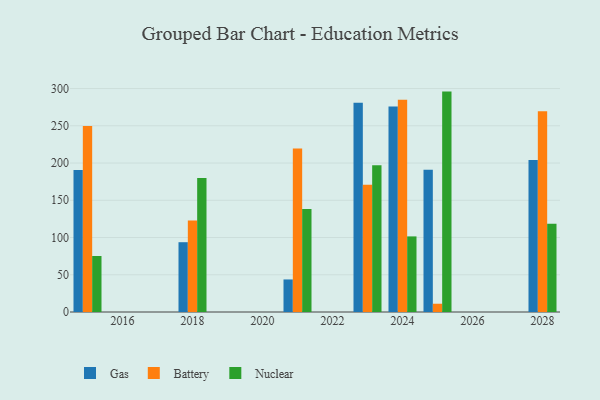
{"axis": {"x": "Year", "y": "Temperature (°C)"}, "legend": ["Battery", "Gas", "Nuclear"], "data": [{"x": "2018", "y": 93.7, "type": "Gas"}, {"x": "2018", "y": 122.7, "type": "Battery"}, {"x": "2018", "y": 180.0, "type": "Nuclear"}, {"x": "2021", "y": 43.7, "type": "Gas"}, {"x": "2021", "y": 219.4, "type": "Battery"}, {"x": "2021", "y": 138.3, "type": "Nuclear"}, {"x": "2023", "y": 280.8, "type": "Gas"}, {"x": "2023", "y": 171.0, "type": "Battery"}, {"x": "2023", "y": 196.9, "type": "Nuclear"}, {"x": "2025", "y": 191.0, "type": "Gas"}, {"x": "2025", "y": 11.1, "type": "Battery"}, {"x": "2025", "y": 295.9, "type": "Nuclear"}, {"x": "2024", "y": 275.8, "type": "Gas"}, {"x": "2024", "y": 285.1, "type": "Battery"}, {"x": "2024", "y": 101.5, "type": "Nuclear"}, {"x": "2015", "y": 190.5, "type": "Gas"}, {"x": "2015", "y": 249.7, "type": "Battery"}, {"x": "2015", "y": 75.2, "type": "Nuclear"}, {"x": "2028", "y": 204.0, "type": "Gas"}, {"x": "2028", "y": 269.4, "type": "Battery"}, {"x": "2028", "y": 118.6, "type": "Nuclear"}]}